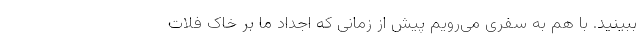
ببینید. با هم به سفری می‌رویم پیش از زمانی که اجداد ما بر خاک فلات